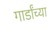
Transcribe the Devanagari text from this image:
गार्डांच्या